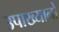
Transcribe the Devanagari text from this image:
उपाख्यानो